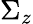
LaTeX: \Sigma_{z}